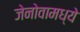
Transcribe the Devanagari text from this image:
जेनोवामध्ये